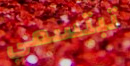
تبتسمي